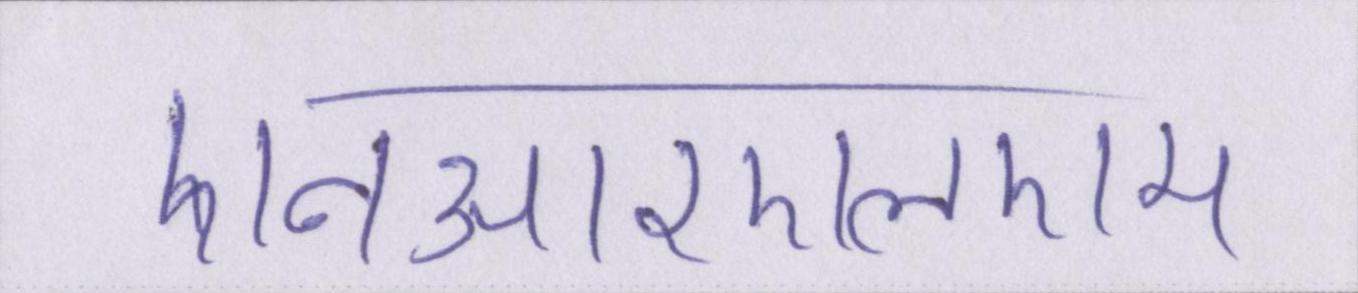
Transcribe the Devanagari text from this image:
एनआरएलएम